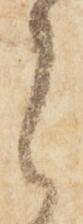
候